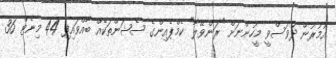
އުމުރުން ދުވަސްވީ މީހުންނަށް "ރަންވޭލާ" ކެމްޕެއިންގެ ސެޝަންތަކެއް ބާއްވައިފި 44 މިނެޓް 36